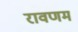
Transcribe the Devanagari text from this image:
रावणम